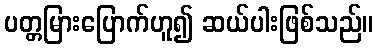
ပတ္တမြားပြောက်ဟူ၍ ဆယ်ပါးဖြစ်သည်။